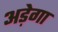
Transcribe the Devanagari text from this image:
अड़ेगा